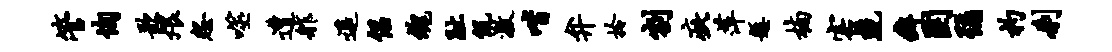
管恂歌煨怨噬遭舴遥侣魂趾侃激喈弁拎割疵萍悬楠害兢癖圉弥杓刹